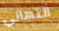
التهاني